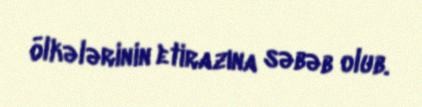
ölkələrinin etirazına səbəb olub.